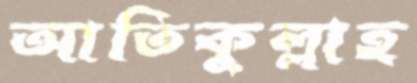
আতিকুল্লাহ